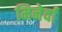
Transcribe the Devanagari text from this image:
मिनेर्वा